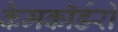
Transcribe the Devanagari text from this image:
कैमकॉर्डरों